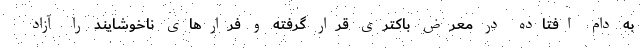
به دام افتاده در معرض باکتری قرار گرفته و فرارهای ناخوشایند را آزاد